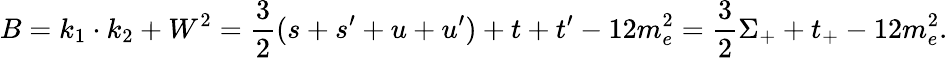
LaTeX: B=k_{1}\cdot k_{2}+W^{2}=\frac{3}{2}(s+s^{\prime}+u+u^{\prime})+t+t^{\prime}-12m_{e}^{2}=\frac{3}{2}\Sigma_{+}+t_{+}-12m_{e}^{2}.